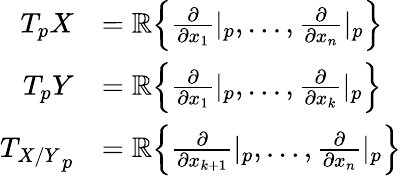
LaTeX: {\begin{array}{rl}{T_{p}X}&{=\mathbb{R}{\Big\lbrace}{\frac{\partial}{\partial x_{1}}}|_{p},\dots,{\frac{\partial}{\partial x_{n}}}|_{p}{\Big\rbrace}}\\ {T_{p}Y}&{=\mathbb{R}{\Big\lbrace}{\frac{\partial}{\partial x_{1}}}|_{p},\dots,{\frac{\partial}{\partial x_{k}}}|_{p}{\Big\rbrace}}\\ {{T_{X/Y}}_{p}}&{=\mathbb{R}{\Big\lbrace}{\frac{\partial}{\partial x_{k+1}}}|_{p},\dots,{\frac{\partial}{\partial x_{n}}}|_{p}{\Big\rbrace}}\end{array}}